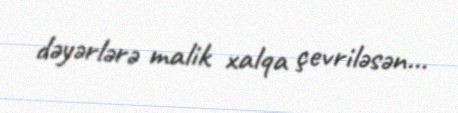
dəyərlərə malik xalqa çevriləsən...